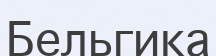
Бельгика